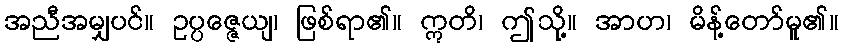
အညီအမျှပင်။ ဥပ္ပဇ္ဇေယျ၊ ဖြစ်ရာ၏။ ဣတိ၊ ဤသို့။ အာဟ၊ မိန့်တော်မူ၏။